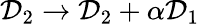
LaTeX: {\cal D}_{2}\rightarrow{\cal D}_{2}+\alpha{\cal D}_{1}